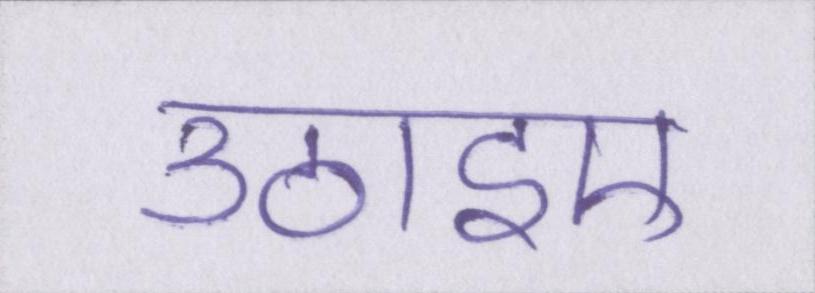
उठाइए